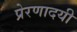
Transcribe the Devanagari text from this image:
प्रेरणादयी